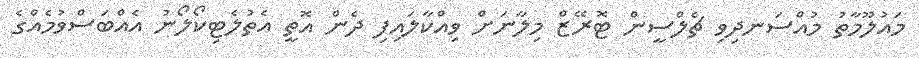
މައުލޫމާތު މުއްސަނދިވި ޗެލްސީން ޓޮރޭޒް މިލާނަށް ވިއްކާލައިފި ދެން އޮތީ އެތުލެޓިކޯލޯނު އެއްބަސްވުމެއްގެ